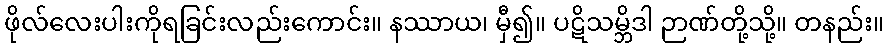
ဖိုလ်လေးပါးကိုရခြင်းလည်းကောင်း။ နဿာယ၊ မှီ၍။ ပဋိသမ္ဘိဒါ ဉာဏ်တို့သို့။ တနည်း။